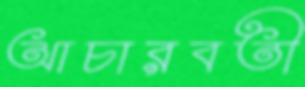
আচারবতী